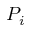
P _ { i }